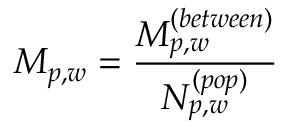
M _ { p , w } = \frac { M _ { p , w } ^ { ( b e t w e e n ) } } { N _ { p , w } ^ { ( p o p ) } }